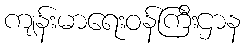
ကျန်းမာရေးဝန်ကြီးဌာန